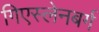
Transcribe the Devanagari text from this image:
गिएस्लेनबर्ग